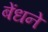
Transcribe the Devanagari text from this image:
बेंधने